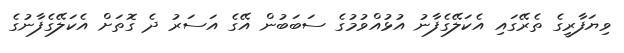
ވިޔަފާރީގެ ތެރޭގައި އެކަލޭގެފާނު އުޅުއްވުމުގެ ސަބަބުން އޭގެ އަސަރު ދެ ގޮތަށް އެކަލޭގެފާނުގެ